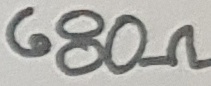
Text: 680Ω